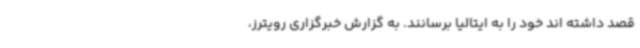
قصد داشته اند خود را به ایتالیا برسانند. به گزارش خبرگزاری رویترز،